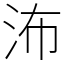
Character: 㳍